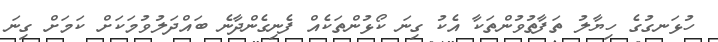
ހުޅަނގުގެ ހިޔާލު ތަފާތުވުންތަކާ އެކު ގިނަ ކޯޅުންތަކެއް ފެނިގެންދާނެ ބައްދަލުވުމަކަށް ކަމަށް ގިނަ